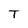
Character: T